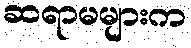
ဆရာမများက